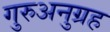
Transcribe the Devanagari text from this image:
गुरुअनुग्रह